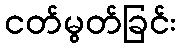
ငတ်မွတ်ခြင်း